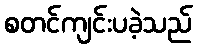
စတင်ကျင်းပခဲ့သည်